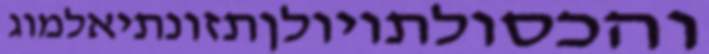
והכסולתויולןתזונתיאלמוג